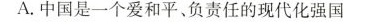
A.中国是一个爱和平、负责任的现代化强国